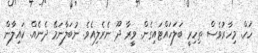
ހަހް. މިހާރުވެސް ތިހިރީ ބަލަހައްޓައިގެން. ވީރާ ދޫ ނެރެލިއެވެ. ނުބަލާނަމޭ ދެނެއް. ކައިލާން